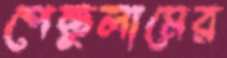
পেন্ডুলামের